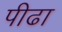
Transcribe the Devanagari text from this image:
पीढा